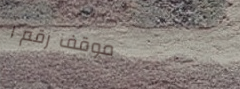
موقف رقم ١